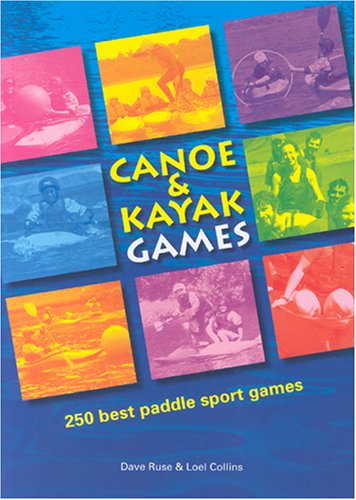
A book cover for Canoe and Kayak Games: 250 Best Paddle Sport Games; Dave Ruse; Sports & Outdoors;